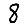
Digit: 8